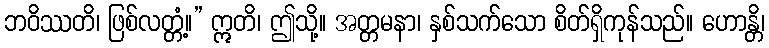
ဘဝိဿတိ၊ ဖြစ်လတ္တံ့။” ဣတိ၊ ဤသို့။ အတ္တမနာ၊ နှစ်သက်သော စိတ်ရှိကုန်သည်။ ဟောန္တိ၊